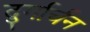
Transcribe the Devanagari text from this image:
दुर्गार्चन